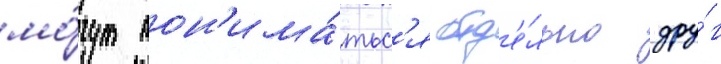
мо́гут пон'има́тьс'я отд'е́льно дру́г